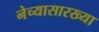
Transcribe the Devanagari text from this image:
नेच्यासारख्या